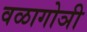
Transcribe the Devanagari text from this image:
वळागोञी